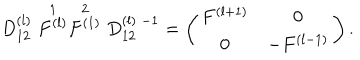
D _ { 1 2 } ^ { ( l ) } \stackrel { 1 } { F ^ { ( l ) } } \stackrel { 2 } { F ^ { ( 1 ) } } D _ { 1 2 } ^ { ( l ) \; - 1 } = \left( \begin{array} { c c } { { F ^ { ( l + 1 ) } } } & { { 0 } } \\ { { 0 } } & { { - F ^ { ( l - 1 ) } } } \\ \end{array} \right) .